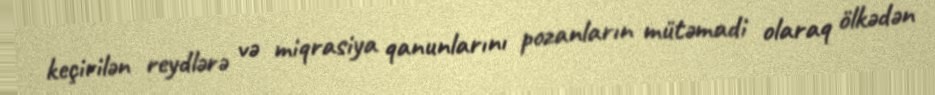
keçirilən reydlərə və miqrasiya qanunlarını pozanların mütəmadi olaraq ölkədən